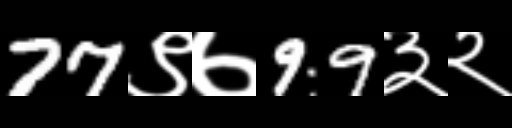
Text: 77९७99३२